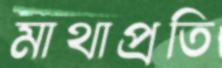
মাথাপ্রতি